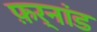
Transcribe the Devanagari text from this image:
फ़र्नांड